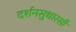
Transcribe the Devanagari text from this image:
दर्शनसुधारसी